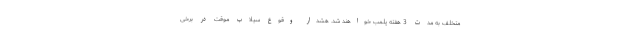
متخلف به مدت 3 هفته پلمب خواهند شد. هشدار وقوع سیلاب موقت در برخی